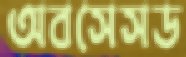
অবসেসড